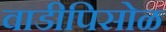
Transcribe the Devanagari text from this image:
वाडीपिसोळ